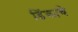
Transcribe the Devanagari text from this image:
डिंकाचे